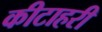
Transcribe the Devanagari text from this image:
कीटाहरी